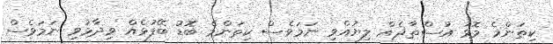
ކިތަންމެ މޮޅު އުސްތާޛެއް ލިޔުއްވި ނަމަވެސް ކިތަންމެ ބޮޑު ބޭފުޅެއް ވިދާޅުވި ނަމަވެސް